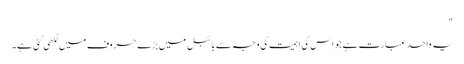
"
یہ واحد عبارت ہے جو اس کی اہمیت کی وجہ سے بائبل میں بڑے حروف میں لکھی گئی ہے۔